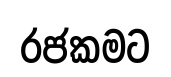
රජකමට